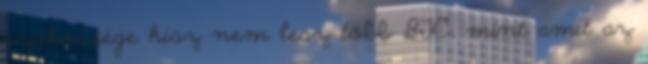
szűkössége hisz nem lesz több BTC, mint amit az